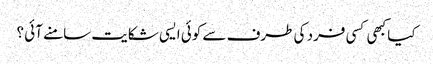
کیا کبھی کسی فرد کی طرف سے کوئی ایسی شکایت سامنے آئی ؟